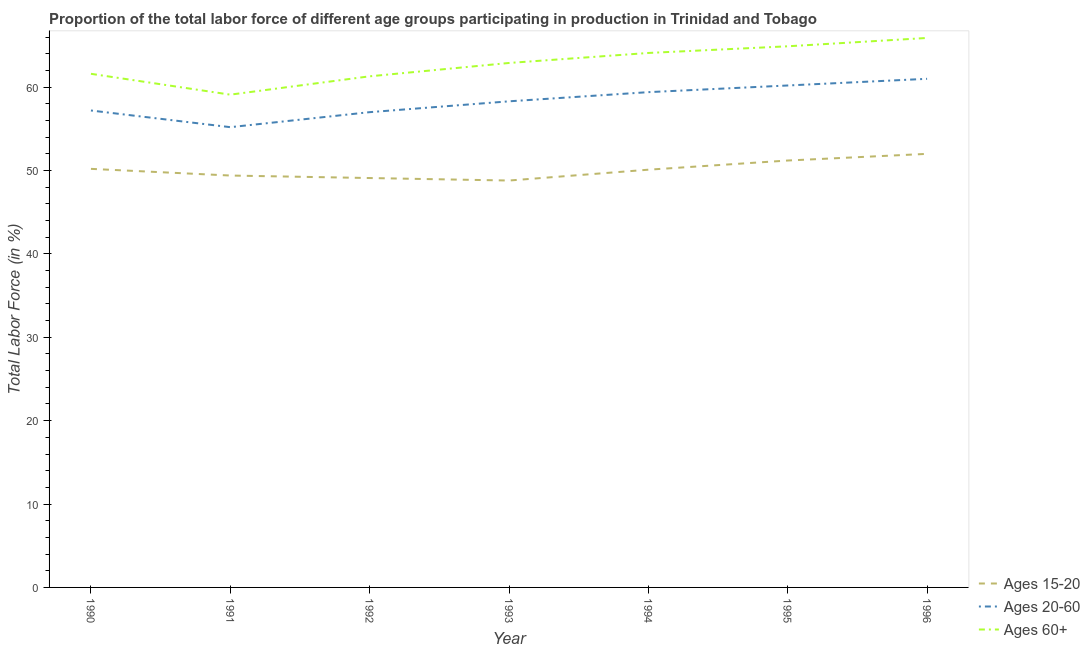
| Year | Ages 15-20 | Ages 20-60 | Ages 60+ |
 | --- | --- | --- | --- |
 | 1990 | 50.2 | 57.2 | 61.6 |
 | 1991 | 49.4 | 55.2 | 59.1 |
 | 1992 | 49.1 | 57 | 61.3 |
 | 1993 | 48.8 | 58.3 | 62.9 |
 | 1994 | 50.1 | 59.4 | 64.1 |
 | 1995 | 51.2 | 60.2 | 64.9 |
 | 1996 | 52 | 61 | 65.9 |